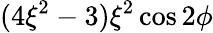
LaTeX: (4\xi^{2}-3)\xi^{2}\cos 2\phi